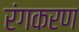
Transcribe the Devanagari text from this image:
रंगकरण